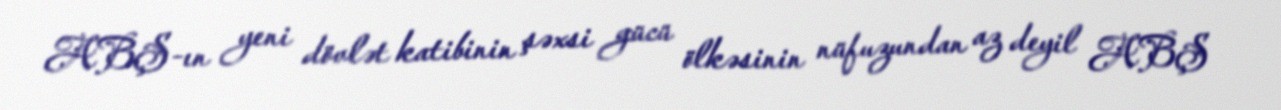
ABŞ-ın yeni dövlət katibinin şəxsi gücü ölkəsinin nüfuzundan az deyil ABŞ